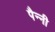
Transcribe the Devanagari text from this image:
पैन्नी